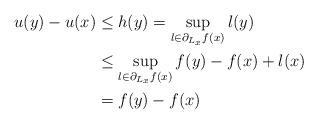
LaTeX: \begin{align*} u(y) - u(x) &\leq h(y) = \sup_{l\in \partial_{L_x} f(x)} l(y) \\ &\leq \sup_{l\in \partial_{L_x} f(x)} f(y) - f(x) + l(x) \\ &= f(y) - f(x) \end{align*}